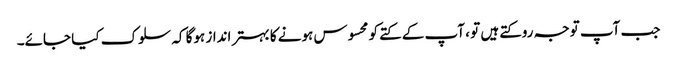
جب آپ توجہ روکتے ہیں تو ، آپ کے کتے کو محسوس ہونے کا بہتر انداز ہوگا کہ سلوک کیا جائے۔